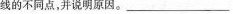
线的不同点，并说明原因。___________